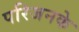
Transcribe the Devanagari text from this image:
परिजनके